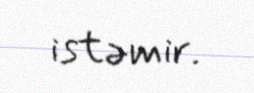
istəmir.